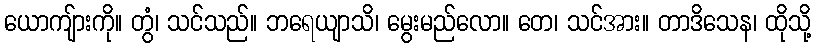
ယောကျ်ားကို။ တွံ၊ သင်သည်။ ဘရေယျာသိ၊ မွေးမည်လော။ တေ၊ သင်အား။ တာဒိသေန၊ ထိုသို့